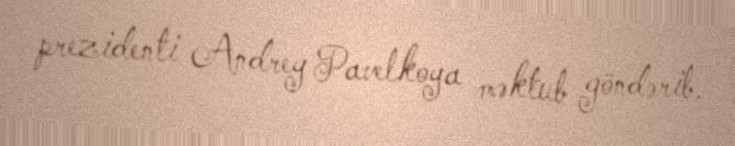
prezidenti Andrey Pavelkoya məktub göndərib.